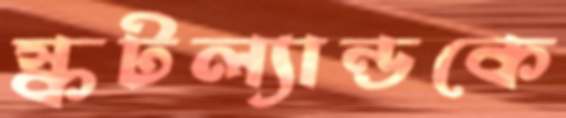
স্কটল্যান্ডকে